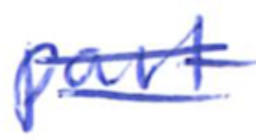
Text: part
Cross-out: mix
Writing tool: ballpoint